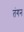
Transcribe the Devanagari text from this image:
तंगन